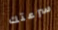
سرعتك